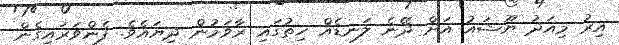
އިރު މިއަދު ޔޫޝައު އަށް ދޭނެ ލަނޑެއް ހިތުގައި ރާވަމުން ދިޔައެވެ. ފެންވަރައިގެން